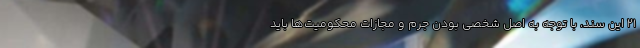
۲۱ این سند، با توجه به اصل شخصی بودن جرم و مجازات محکومیت‌ها باید